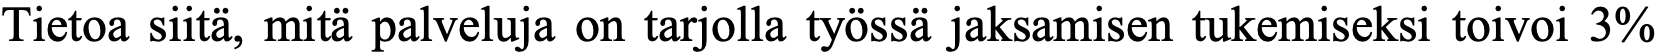
Tietoa siitä, mitä palveluja on tarjolla työssä jaksamisen tukemiseksi toivoi 3%